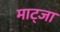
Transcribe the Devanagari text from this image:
माट्जा